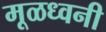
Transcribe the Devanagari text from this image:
मूळध्वनी